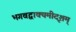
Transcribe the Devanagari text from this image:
भगवद्वाक्यमीदृशम्